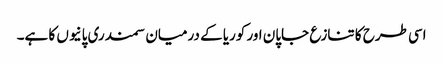
اسی طرح کا تنازع جاپان اور کوریا کے درمیان سمندری پانیوں کا ہے۔